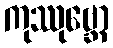
ကုဿုဗ္ဘော